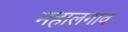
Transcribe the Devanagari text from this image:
महालगाव